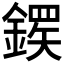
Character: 𬫸